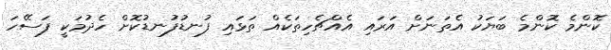
ކޮންމެ ކޮންމެ ބަޔަކު އެތަނަށް އަރައި އެއްޗެހިތަކެއް ތަޅައި ފުނޑުފުނޑުކޮށް ހެދުމަކީ ފަސޭހަ